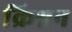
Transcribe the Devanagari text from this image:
क्रिश्नन